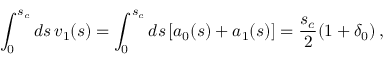
\int _ { 0 } ^ { s _ { c } } d s \, v _ { 1 } ( s ) = \int _ { 0 } ^ { s _ { c } } d s \, [ a _ { 0 } ( s ) + a _ { 1 } ( s ) ] = \frac { s _ { c } } { 2 } ( 1 + \delta _ { 0 } ) \, ,